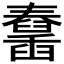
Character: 𦦱